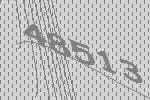
48513